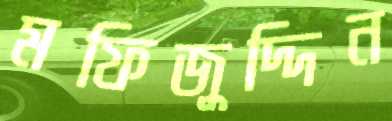
মফিজুদ্দিন